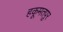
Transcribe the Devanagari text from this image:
हकूमतपुर